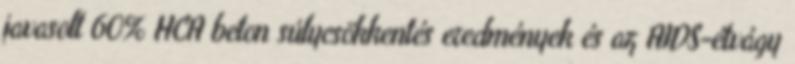
javasolt 60% HCA beton súlycsökkentés eredmények és az AIDS-étvágy